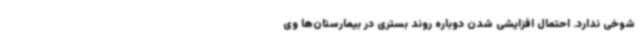
شوخی ندارد. احتمال افزایشی شدن دوباره روند بستری در بیمارستان‌ها وی